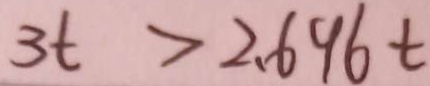
3 t > 2 . 6 9 6 t